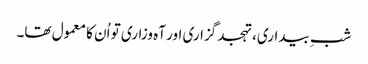
شبِ بیداری، تہجد گزاری اور آہ وزاری تو اُن کا معمول تھا۔